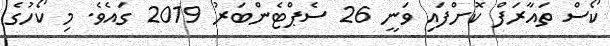
ކޯސް ތައާރަފް ކޮށްފައި ވަނީ 26 ސެޕްޓެންބަރު 2019 ގައެވެ. މި ކޯހުގެ